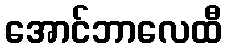
အောင်ဘာလေထီ